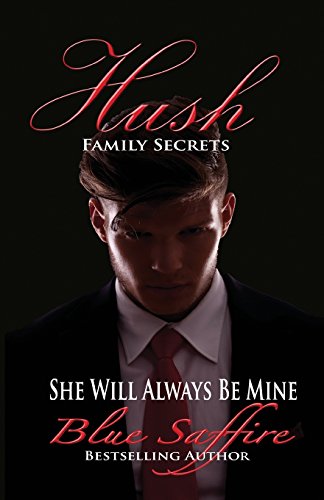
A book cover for Hush: Family Secrets (Volume 1); Blue Saffire; Romance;